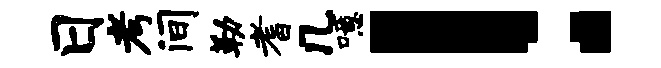
日考间勒耆几噫！